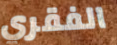
الفقري